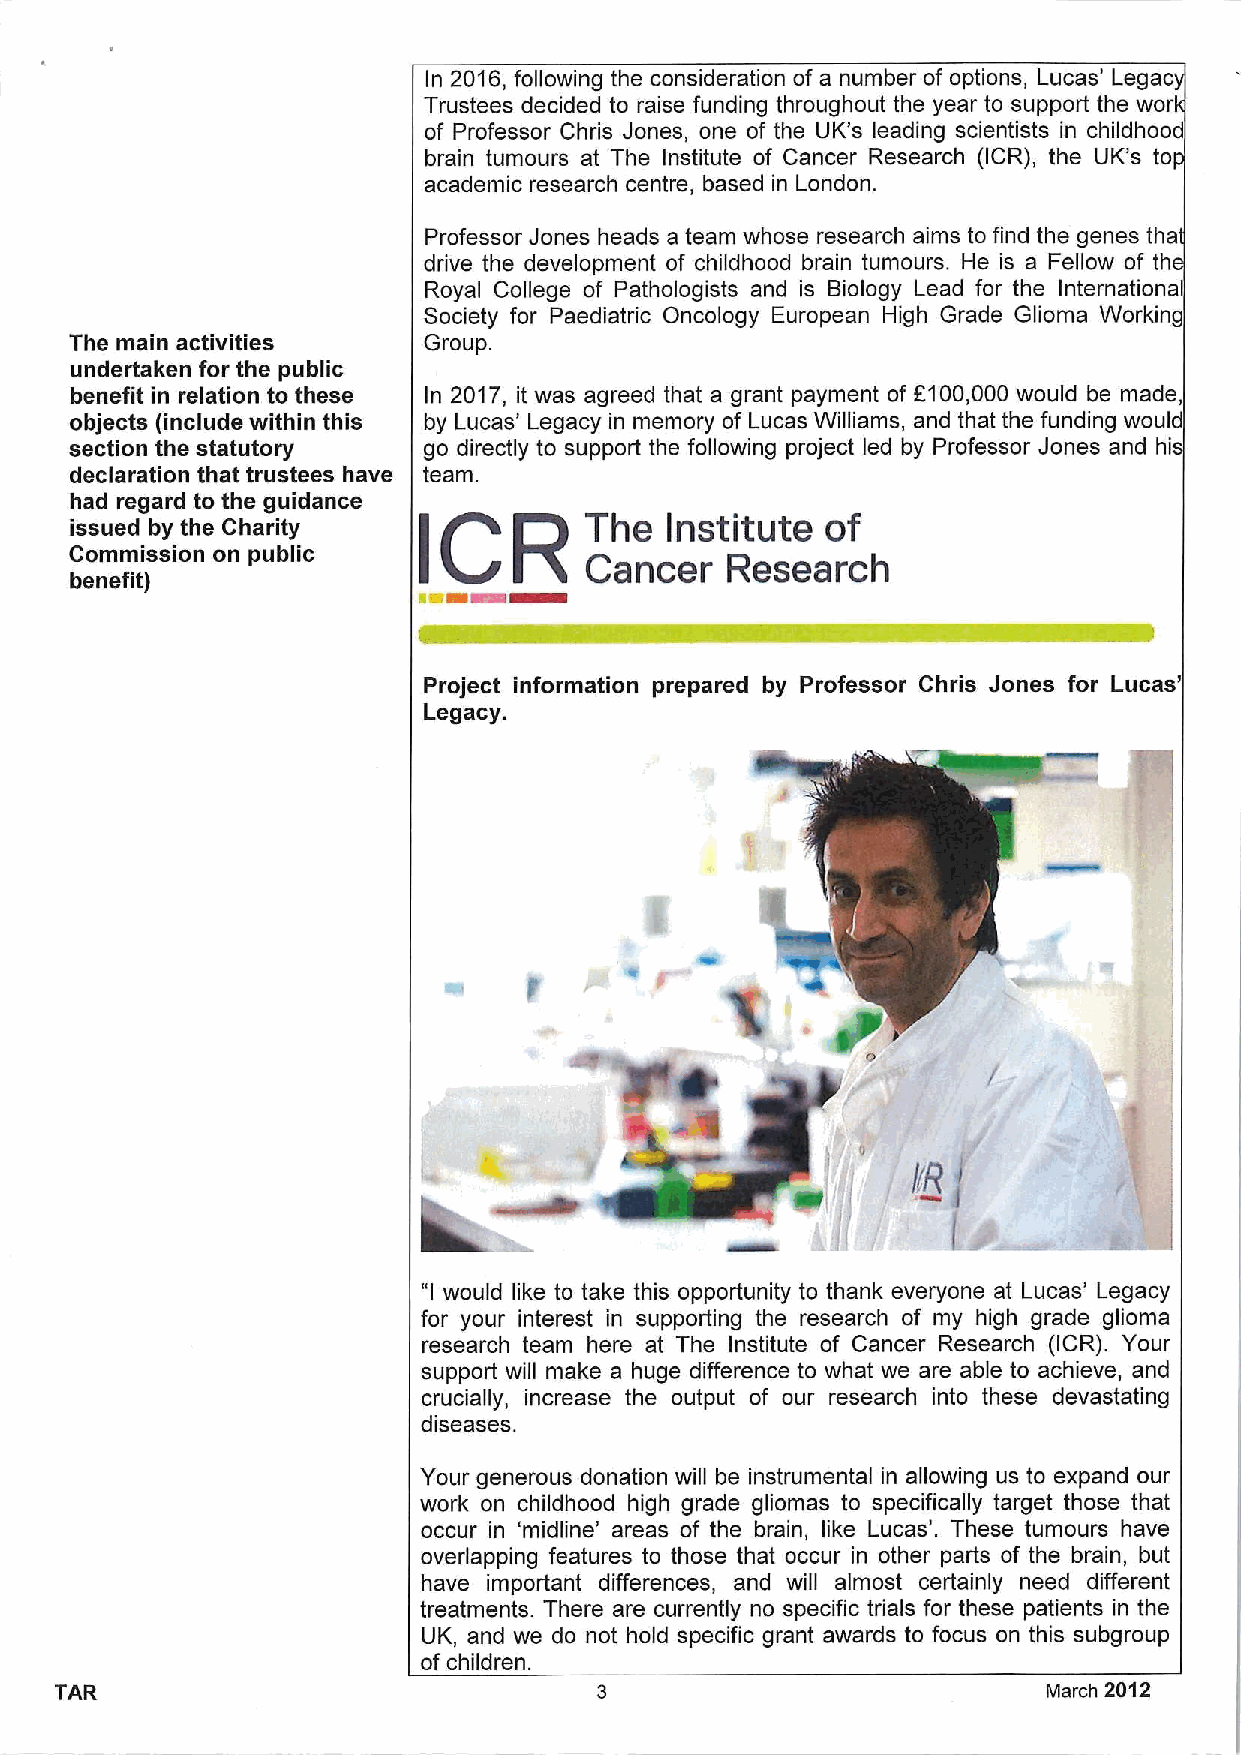
In 2016,following the consideration of a number of options, Lucas' Legac
 Trustees decided to raise funding throughout the year to support the wor
 of Professor Chris Jones, one of the UK's leading scientists in childhood
 brain tumours at The Institute of Cancer Research (ICR), the UK's to
 academic research centre, based in London.
 Professor Jones heads a team whose research aims to find the genes tha
 drive the development of childhood brain tumours. He is a Fellow of th
 Royal College of Pathologists and is Biology Lead for the Internationa
 Society for Paediatric Oncology European High Grade Glioma Working
 The main activities    Group.
 undertaken for the public
 benefit in relation to these In 2017, it was agreed that a grant payment of F100,000 would be made,
 objects (include within this by Lucas' Legacy in memory of Lucas Williams, and that the funding would
 section the statutory  go directly to support the following project led by Professor Jones and hi
 declaration that trustees have team.
 had regard to the guidance
 issued by the Charity             The  Institute  of
 Commission on public   t          Cancer   Research
 al&~~
 benefit)
 Project information prepared by Professor Chris Jones for Lucas'
 Legacy.
 "Iwould like to take this opportunity to thank everyone at Lucas' Legacy
 for your interest in supporting the research of my high grade glioma
 research team here at The Institute of Cancer Research (ICR). Your
 support will make a huge difference to what we are able to achieve, and
 crucially, increase the output of our research into these devastating
 diseases.
 Your generous donation will be instrumental in allowing us to expand our
 work on childhood high grade gliomas to specifically target those that
 occur in 'midline' areas of the brain, like Lucas'. These tumours have
 overlapping features to those that occur in other parts of the brain, but
 have important differences, and will almost certainly need different
 treatments. There are currently no specific trials for these patients in the
 UK, and we do not hold specific grant awards to focus on this subgroup
 ofchildren.
 TAR                                                              March 2012